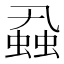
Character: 蝨